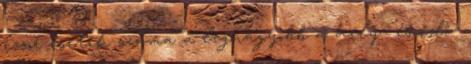
izsor esetek száma a legnagyobb a hely- és idő-